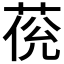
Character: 𦲮